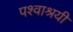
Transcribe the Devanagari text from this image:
पश्वाश्रयी